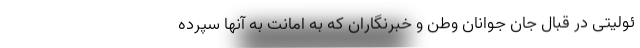
ئولیتی در قبال جان جوانان وطن و خبرنگاران که به‌ امانت به آنها سپرده